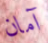
آمان